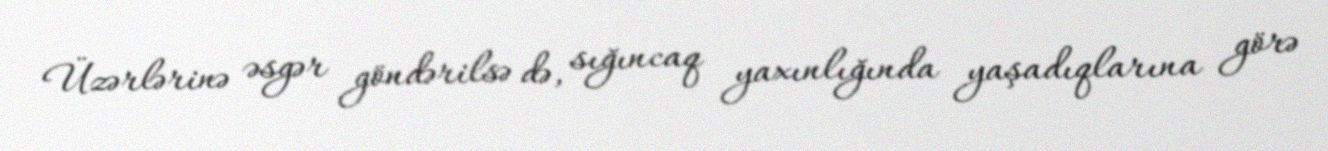
Üzərlərinə əsgər göndərilsə də, sığıncaq yaxınlığında yaşadıqlarına görə